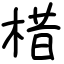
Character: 棤